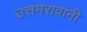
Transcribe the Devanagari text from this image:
उत्तमरावांनी